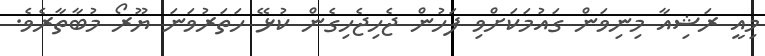
މިއީ ރަޝިއާ މިނިވަން ގައުމަކަށްވި ފަހުން ޖެހިޖެހިގެން ކުޅޭ ހަތަރުވަަނަ ޔޫރޯ މުބާތާރެވެ.